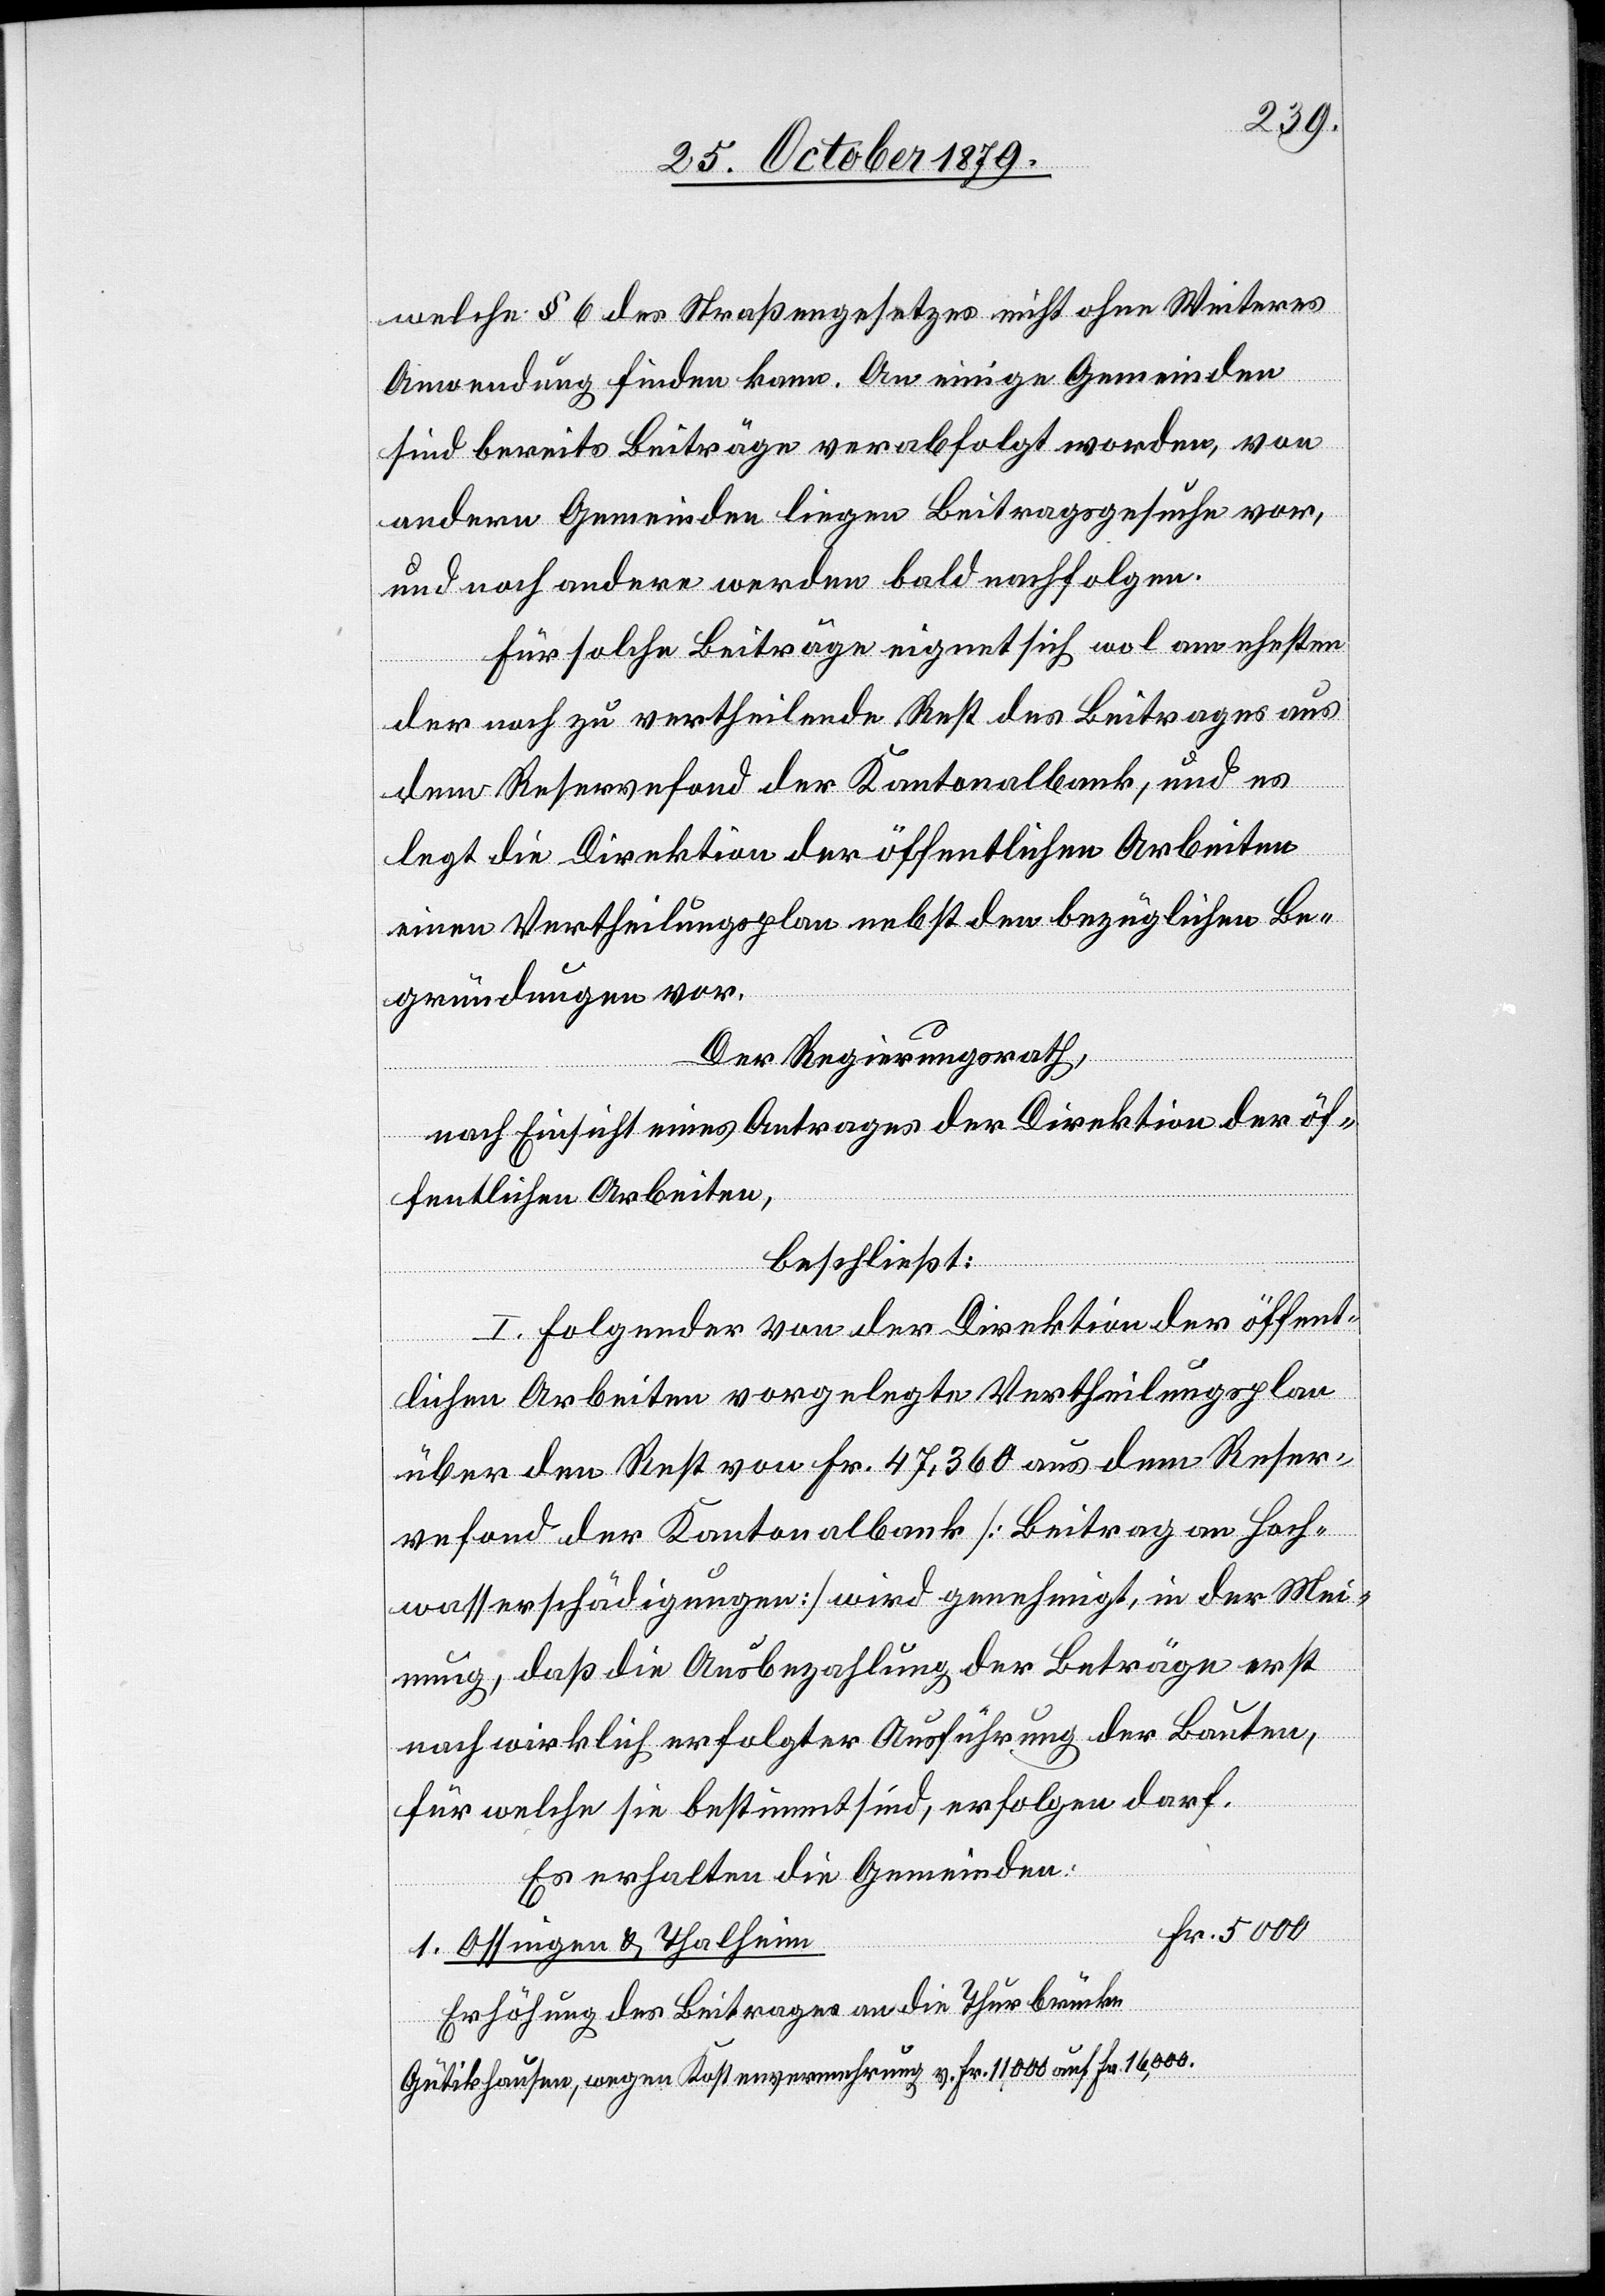
welche § 6 des Straßengesetzes nicht ohne Weiteres
Bauten,
Anwendung finden kann. An einige Gemeinden
sind bereits Beiträge verabfolgt worden, von
andern Gemeinden liegen Beitragsgesuche vor,
und noch andere werden bald nachfolgen.
Für solche Beiträge eignet sich wol am ehesten
der noch zu vertheilende Rest des Beitrages aus
dem Reservefond der Kantonalbank, und es
der
legt die Direktion der öffentlichen Arbeiten
einen Vertheilungsplan nebst den bezüglichen Be¬
gründungen vor.
Der Regierungsrath,
nach Einsicht eines Antrages der Direktion der öf¬
fentlichen Arbeiten,
beschließt:
I. Folgender von der Direktion der öffent¬
lichen Arbeiten vorgelegte Vertheilungsplan
über den Rest von Fr. 47,360 aus dem Reser¬
vefond der Kantonalbank [Beitrag an Hoch¬
wasserschädigungen] wird genehmigt, in der Mei¬
für welche sie bestimmt sind, erfolgen darf.
Es erhalten die Gemeinden:
Fr. 5000.
1. Ossingen & Thalheim.
Erhöhung des Beitrages an die Thurbrücke
Gütikhausen, wegen Kostenvermehrung v. Fr. 11,000 auf Fr. 16,000.